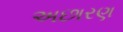
અછારણ